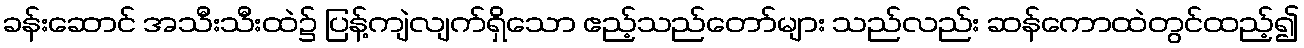
ခန်းဆောင် အသီးသီးထဲ၌ ပြန့်ကျဲလျက်ရှိသော ဧည့်သည်တော်များ သည်လည်း ဆန်ကောထဲတွင်ထည့်၍